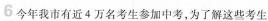
今年我市有近4万名考生参加中考，为了解这些考生